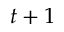
t + 1